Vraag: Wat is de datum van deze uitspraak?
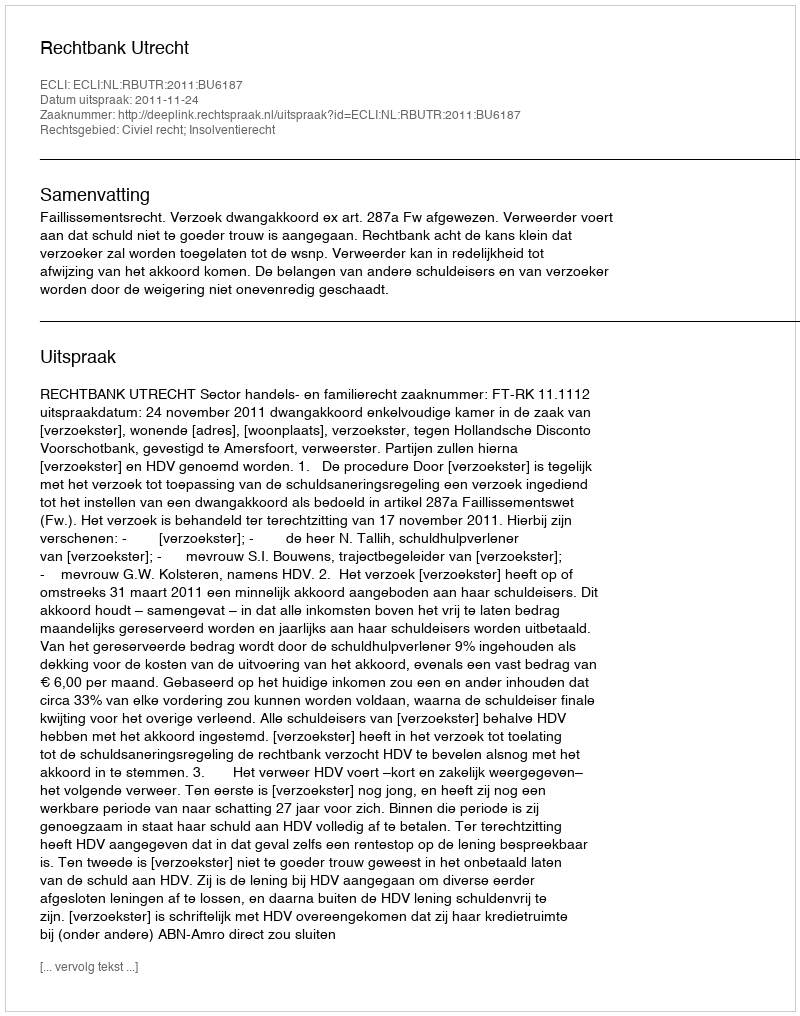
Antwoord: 2011-11-24